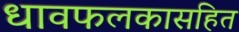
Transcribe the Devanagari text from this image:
धावफलकासहित